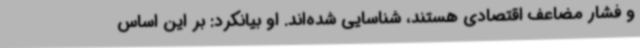
و فشار مضاعف اقتصادی هستند، شناسایی شده‌اند. او بیانکرد: بر این اساس